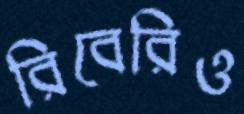
রিবেরিও